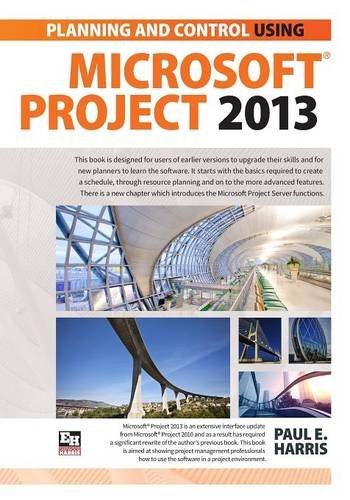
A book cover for Planning and Scheduling Using Microsoft Project 2013; Paul E. Harris; Computers & Technology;